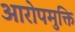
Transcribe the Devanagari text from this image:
आरोपमुक्ति